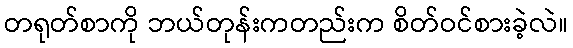
တရုတ်စာကို ဘယ်တုန်းကတည်းက စိတ်ဝင်စားခဲ့လဲ။